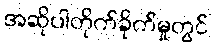
အဆိုပါတိုက်ခိုက်မှုတွင်